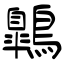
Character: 鷱